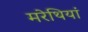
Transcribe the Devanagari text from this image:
मरेथियां